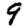
Digit: 9